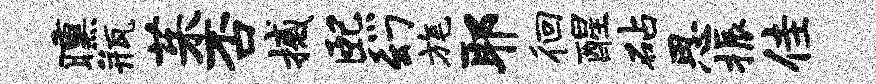
曛瓶茱否撼熙幻旄耶徊醒砧思振佳